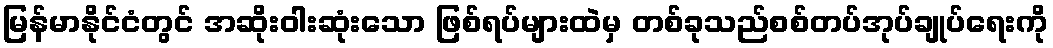
မြန်မာနိုင်ငံတွင် အဆိုးဝါးဆုံးသော ဖြစ်ရပ်များထဲမှ တစ်ခုသည်စစ်တပ်အုပ်ချုပ်ရေးကို